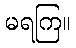
မရကြ။